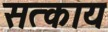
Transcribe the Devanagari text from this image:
सत्काय